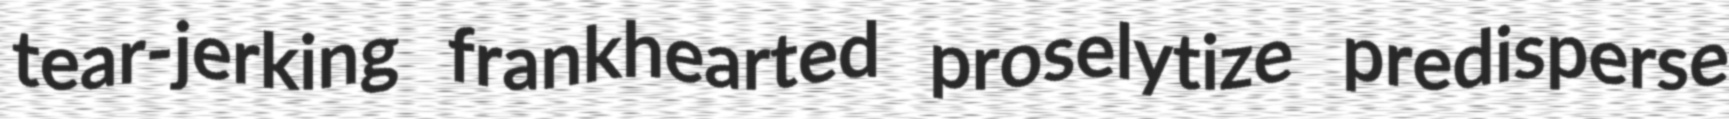
tear-jerking frankhearted proselytize predisperse